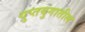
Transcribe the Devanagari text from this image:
गुप्तयुगातील